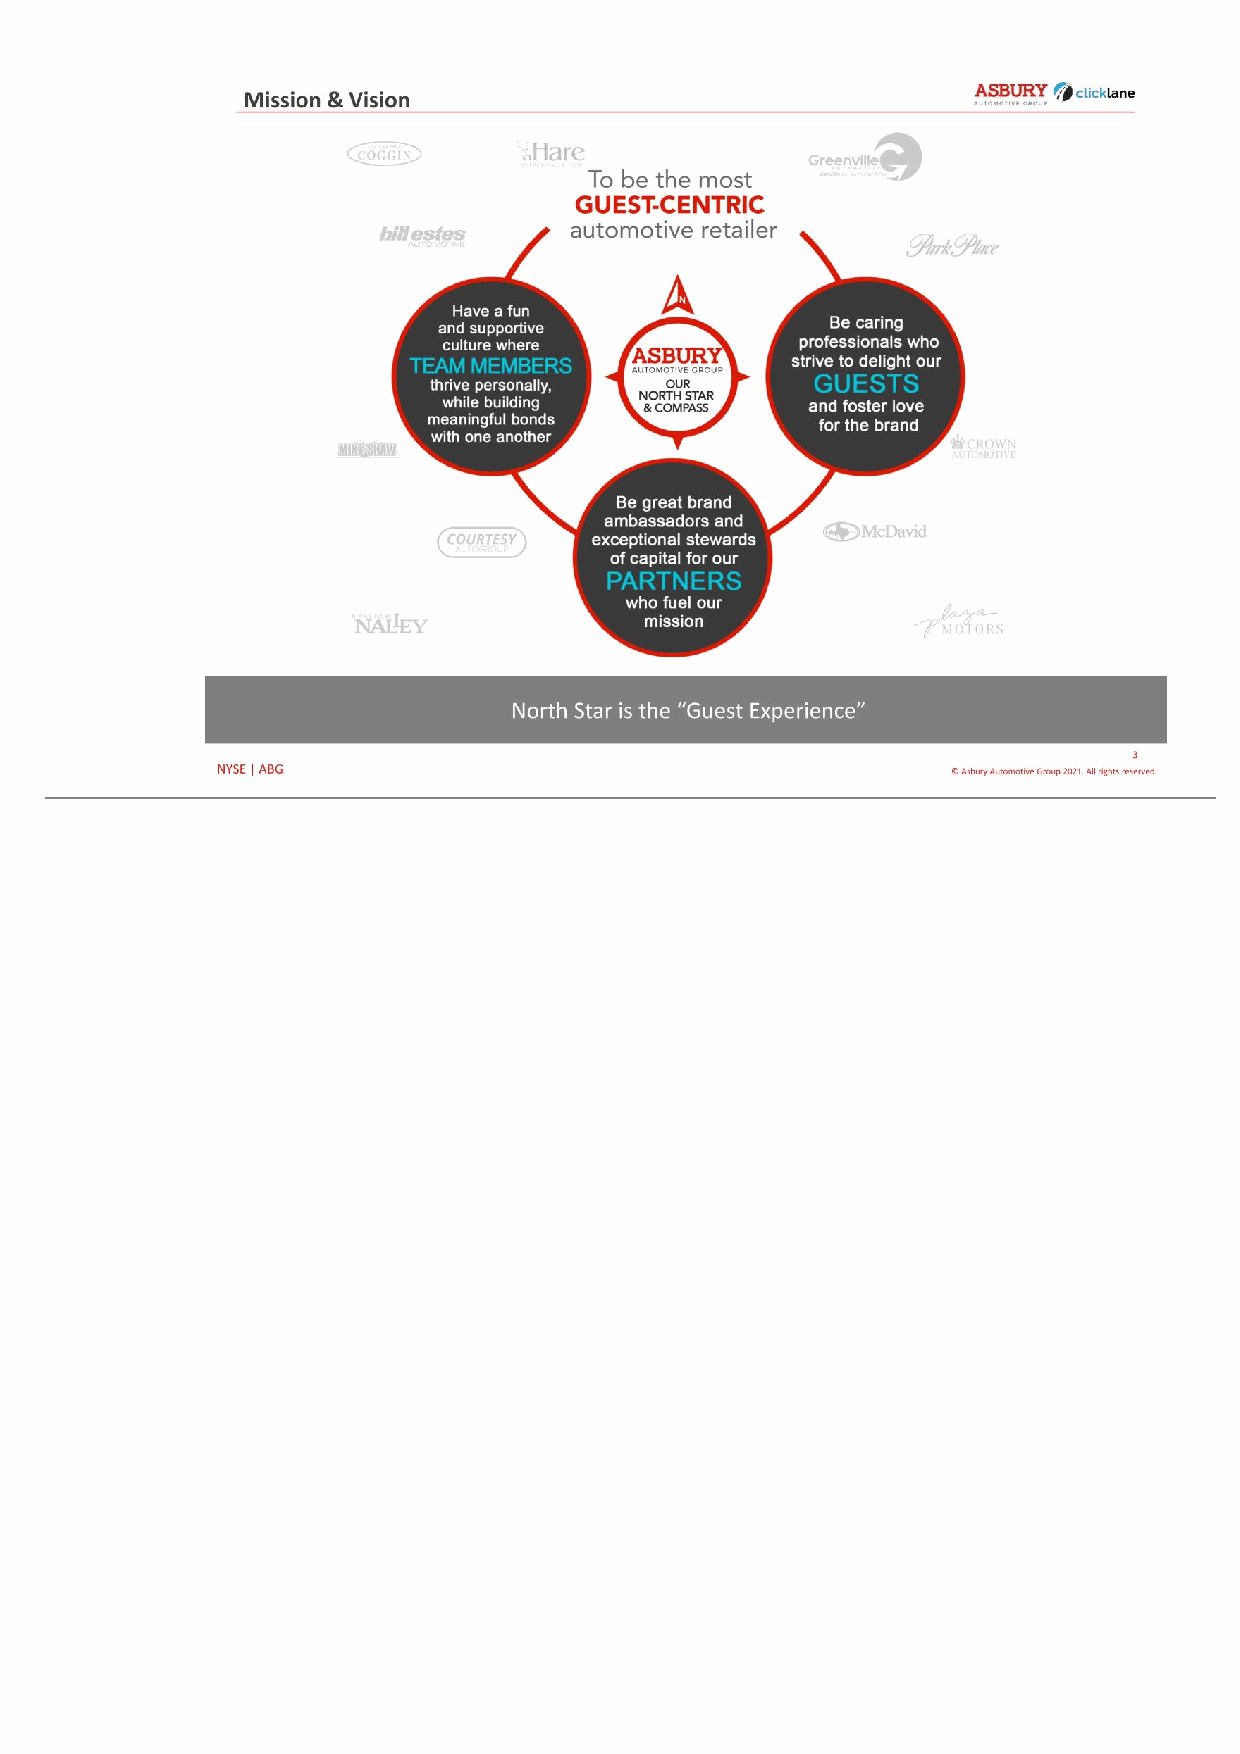
3 © Asbury Automotive Group 2021. All rights reserved.NYSE | ABG Mission & Vision North Star is the “Guest Experience”